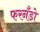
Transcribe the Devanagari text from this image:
फरनँडो